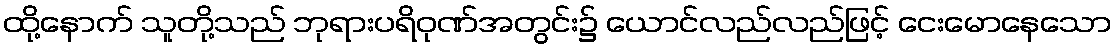
ထို့နောက် သူတို့သည် ဘုရားပရိဝုဏ်အတွင်း၌ ယောင်လည်လည်ဖြင့် ငေးမောနေသော